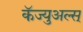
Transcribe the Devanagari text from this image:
कॅज्युअल्स्